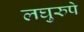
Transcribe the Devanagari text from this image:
लघुरुपे